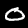
Digit: 0